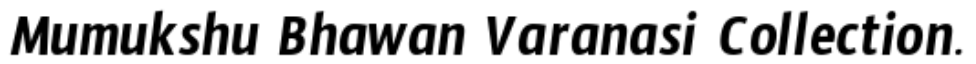
Mumukshu Bhawan Varanasi Collection.